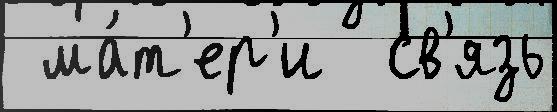
 ма́т'ер'и  св'язь